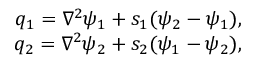
\begin{array} { r } { q _ { 1 } = \nabla ^ { 2 } \psi _ { 1 } + s _ { 1 } ( \psi _ { 2 } - \psi _ { 1 } ) , } \\ { q _ { 2 } = \nabla ^ { 2 } \psi _ { 2 } + s _ { 2 } ( \psi _ { 1 } - \psi _ { 2 } ) , } \end{array}